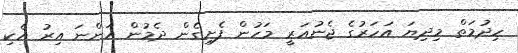
ހިދުމަތް މިދިޔަ އަހަރުގެ ޖެނުއަރީ މަހުން ފެށިގެން ދެމުން އަންނަ އިރު އެކި